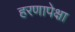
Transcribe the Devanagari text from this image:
हरणापेक्षा